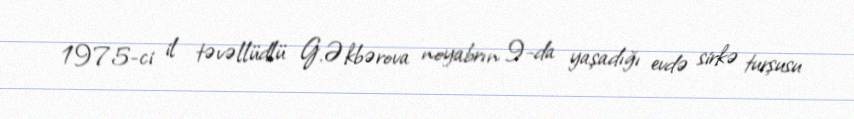
1975-ci il təvəllüdlü G.Əkbərova noyabrın 9-da yaşadığı evdə sirkə turşusu